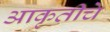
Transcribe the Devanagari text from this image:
आकृतीचे